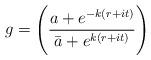
LaTeX: \begin{align*}g = \Biggl({a + e^{-k(r+it)}\over\bar a + e^{k(r+it)}}\Biggr)\end{align*}